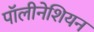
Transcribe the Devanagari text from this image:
पॉलीनेशियन